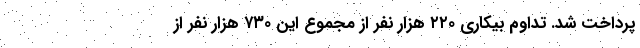
پرداخت شد. تداوم بیکاری ۲۲۰ هزار نفر از مجموع این ۷۳۰ هزار نفر از